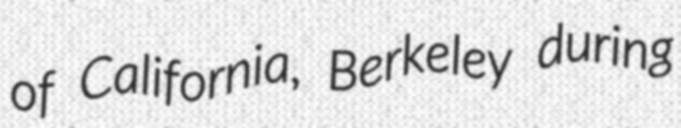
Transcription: of California, Berkeley during